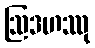
ဩဒဟဿု